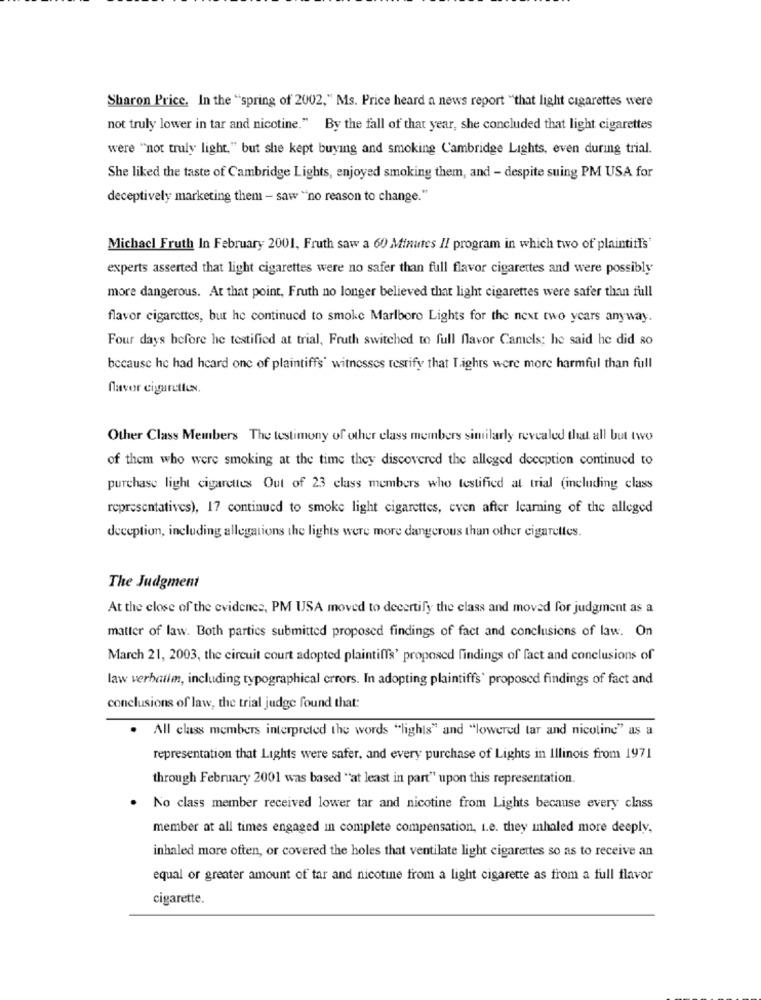
Sharon Price. In the "spring of 2002," Ms. Price heard a news report "that light cigarettes were
not truly lower in tar and nicotine." By the fall of that year, she concluded that light cigarettes
were "not truly light," but she kept buying and smoking Cambridge Lights, even during trial.
She liked the taste of Cambridge Lights, enjoyed smoking them, and - despite suing PM USA for
deceptively marketing then - saw "no reason to change."
Michacl Fruth In February 2001, Fruth saw a 60 Minutes Il program in which two of plaintiffs'
experts asserted that light cigarettes were no safer than full flavor cigarettes and were possibly
more dangerous. At that point, Fruth no longer believed that light cigarettes were safer than full
flavor cigarettes, but he continued to smoke Marlboro Lights for the next two years anyway.
Four days before he testified at trial, Fruth switched to full flavor Camels; he said he did so
because he had heard one of plaintiffs' witnesses testify that Lights were more harmful than full
favor cigarettes.
Other Class Members The testimony of other class members similarly revealed that all but two
of them who were smoking at the time they discovered the alleged deception continued to
purchase light cigarettes Out of 23 class members who testified at trial (including class
representatives), 17 continued to smoke light cigarettes, even after learning of the alleged
deception, including allegations the lights were more dangerous than other cigarettes.
The Judgment
At the close of the evidence, PM USA moved to decertify the class and moved for judgment as a
matter of law. Both parties submitted proposed findings of fact and conclusions of law. On
March 21, 2003, the circuit court adopted plaintiffs' proposed findings of fact and conclusions of
law verbatim, including typographical errors. In adopting plaintiffs' proposed findings of fact and
conclusions of law, the trial judge found that:
All class members interpreted the words "lights" and "lowered tar and nicotine" as a
representation that Lights were safer, and every purchase of Lights in Illinois from 1971
through February 2001 was based "at least in part" upon this representation.
. No class member received lower tar and nicotine from Lights because every class
member at all times engaged in complete compensation, i.e. they inhaled more deeply,
inhaled more often, or covered the holes that ventilate light cigarettes so as to receive an
equal or greater amount of tar and nicotine from a light cigarette as from a full flavor
cigarette.